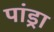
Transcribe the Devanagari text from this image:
पांड्रा